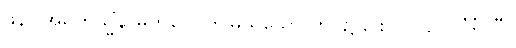
ဖန်။ အမုကသ္မိံနာမဘဝေ၊ ဤမည်သော ဘဝ၌၎င်း။ ပ။ ဥဒပါဒိံ၊ ပြီ။